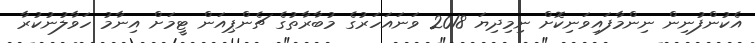
އެކުންފުނިން ނިންމާފައިވަނިކޮށް ނިމިދިޔަ 2018 ވަނައަހަރުގެ މުބާރާތުގެ ޗެންޕިއަން ޓީމަށް އިނާމު ހަވާލުނުކުރާ